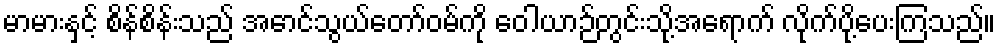
မာမားနှင့် စိန်စိန်းသည် အောင်သွယ်တော်ဝမ်ကို ဝေါယာဉ်တွင်းသို့အရောက် လိုက်ပို့ပေးကြသည်။